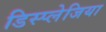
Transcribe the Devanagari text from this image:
डिस्प्लेजिया